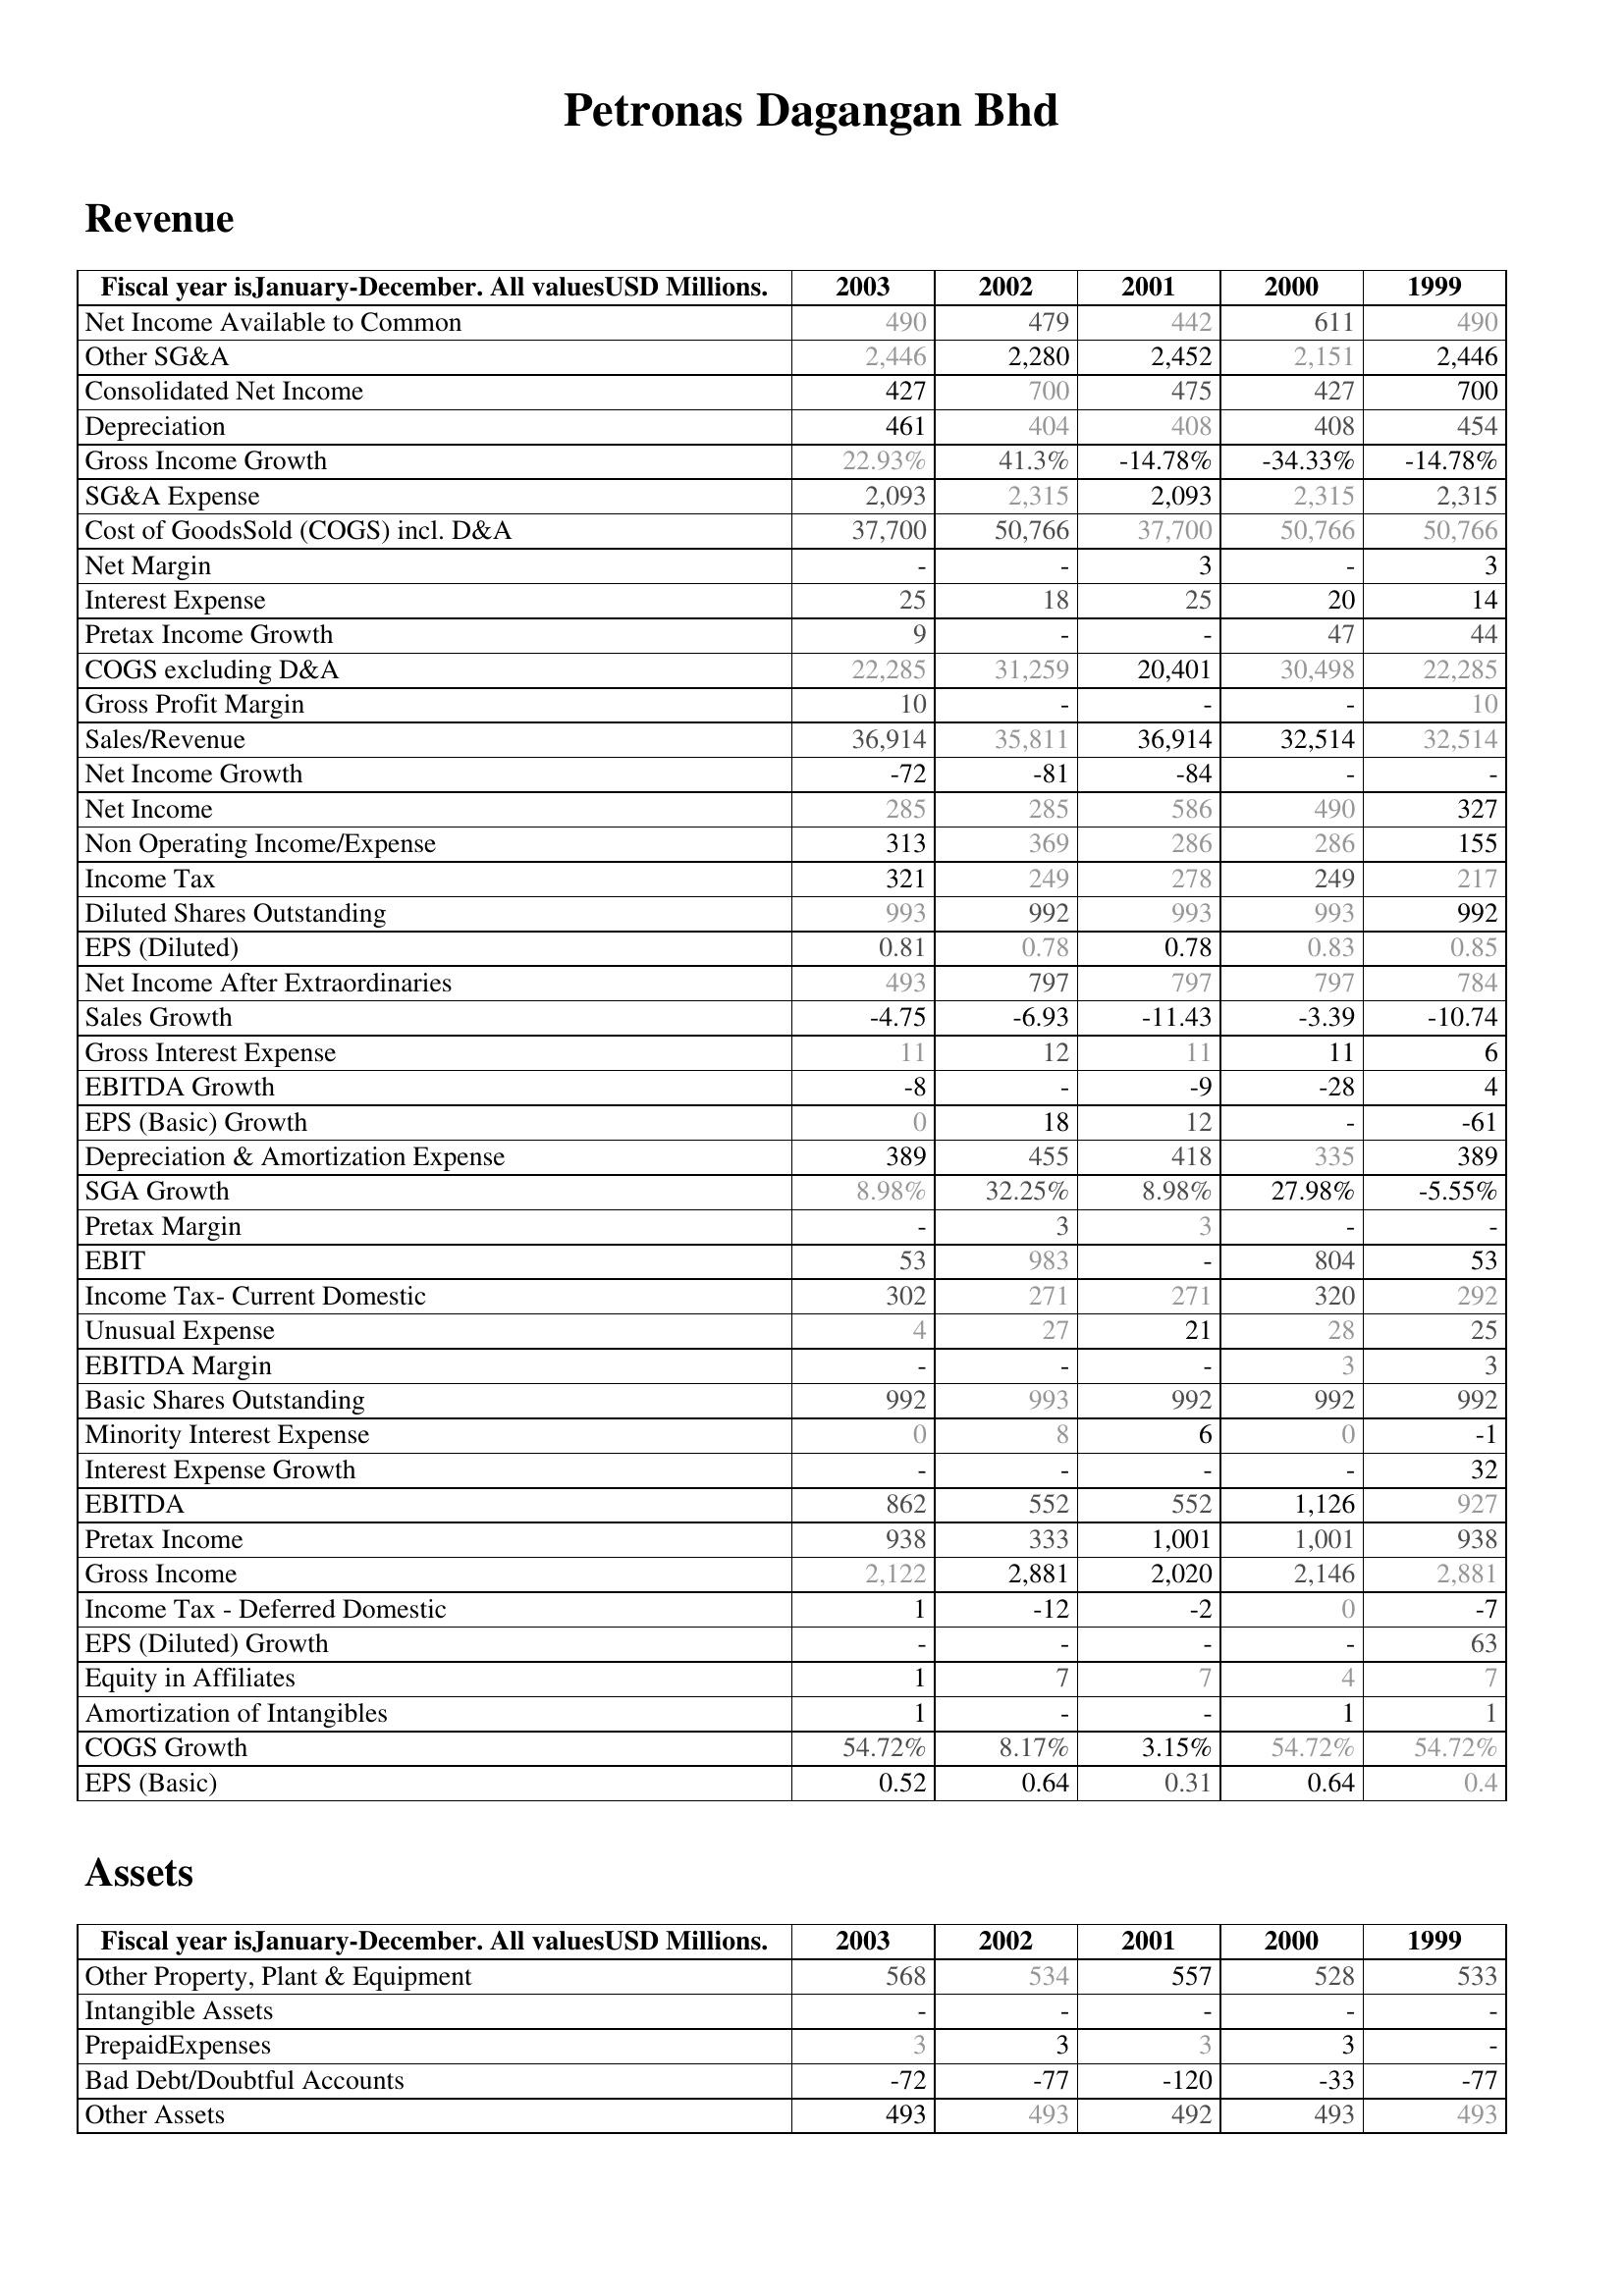
2003: Revenue: Net Income Available to Common: 490
Other SG&A: 2,446
Consolidated Net Income: 427
Depreciation: 461
Gross Income Growth: 22.93%
SG&A Expense: 2,093
Cost of GoodsSold (COGS) incl. D&A: 37,700
Net Margin: -
Interest Expense: 25
Pretax Income Growth: 9
COGS excluding D&A: 22,285
Gross Profit Margin: 10
Sales/Revenue: 36,914
Net Income Growth: -72
Net Income: 285
Non Operating Income/Expense: 313
Income Tax: 321
Diluted Shares Outstanding: 993
EPS (Diluted): 0.81
Net Income After Extraordinaries: 493
Sales Growth: -4.75
Gross Interest Expense: 11
EBITDA Growth: -8
EPS (Basic) Growth: 0
Depreciation & Amortization Expense: 389
SGA Growth: 8.98%
Pretax Margin: -
EBIT: 53
Income Tax- Current Domestic: 302
Unusual Expense: 4
EBITDA Margin: -
Basic Shares Outstanding: 992
Minority Interest Expense: 0
Interest Expense Growth: -
EBITDA: 862
Pretax Income: 938
Gross Income: 2,122
Income Tax - Deferred Domestic: 1
EPS (Diluted) Growth: -
Equity in Affiliates: 1
Amortization of Intangibles: 1
COGS Growth: 54.72%
EPS (Basic): 0.52
Assets: Other Property, Plant & Equipment: 568
Intangible Assets: -
PrepaidExpenses: 3
Bad Debt/Doubtful Accounts: -72
Other Assets: 493
2002: Revenue: Net Income Available to Common: 479
Other SG&A: 2,280
Consolidated Net Income: 700
Depreciation: 404
Gross Income Growth: 41.3%
SG&A Expense: 2,315
Cost of GoodsSold (COGS) incl. D&A: 50,766
Net Margin: -
Interest Expense: 18
Pretax Income Growth: -
COGS excluding D&A: 31,259
Gross Profit Margin: -
Sales/Revenue: 35,811
Net Income Growth: -81
Net Income: 285
Non Operating Income/Expense: 369
Income Tax: 249
Diluted Shares Outstanding: 992
EPS (Diluted): 0.78
Net Income After Extraordinaries: 797
Sales Growth: -6.93
Gross Interest Expense: 12
EBITDA Growth: -
EPS (Basic) Growth: 18
Depreciation & Amortization Expense: 455
SGA Growth: 32.25%
Pretax Margin: 3
EBIT: 983
Income Tax- Current Domestic: 271
Unusual Expense: 27
EBITDA Margin: -
Basic Shares Outstanding: 993
Minority Interest Expense: 8
Interest Expense Growth: -
EBITDA: 552
Pretax Income: 333
Gross Income: 2,881
Income Tax - Deferred Domestic: -12
EPS (Diluted) Growth: -
Equity in Affiliates: 7
Amortization of Intangibles: -
COGS Growth: 8.17%
EPS (Basic): 0.64
Assets: Other Property, Plant & Equipment: 534
Intangible Assets: -
PrepaidExpenses: 3
Bad Debt/Doubtful Accounts: -77
Other Assets: 493
2001: Revenue: Net Income Available to Common: 442
Other SG&A: 2,452
Consolidated Net Income: 475
Depreciation: 408
Gross Income Growth: -14.78%
SG&A Expense: 2,093
Cost of GoodsSold (COGS) incl. D&A: 37,700
Net Margin: 3
Interest Expense: 25
Pretax Income Growth: -
COGS excluding D&A: 20,401
Gross Profit Margin: -
Sales/Revenue: 36,914
Net Income Growth: -84
Net Income: 586
Non Operating Income/Expense: 286
Income Tax: 278
Diluted Shares Outstanding: 993
EPS (Diluted): 0.78
Net Income After Extraordinaries: 797
Sales Growth: -11.43
Gross Interest Expense: 11
EBITDA Growth: -9
EPS (Basic) Growth: 12
Depreciation & Amortization Expense: 418
SGA Growth: 8.98%
Pretax Margin: 3
EBIT: -
Income Tax- Current Domestic: 271
Unusual Expense: 21
EBITDA Margin: -
Basic Shares Outstanding: 992
Minority Interest Expense: 6
Interest Expense Growth: -
EBITDA: 552
Pretax Income: 1,001
Gross Income: 2,020
Income Tax - Deferred Domestic: -2
EPS (Diluted) Growth: -
Equity in Affiliates: 7
Amortization of Intangibles: -
COGS Growth: 3.15%
EPS (Basic): 0.31
Assets: Other Property, Plant & Equipment: 557
Intangible Assets: -
PrepaidExpenses: 3
Bad Debt/Doubtful Accounts: -120
Other Assets: 492
2000: Revenue: Net Income Available to Common: 611
Other SG&A: 2,151
Consolidated Net Income: 427
Depreciation: 408
Gross Income Growth: -34.33%
SG&A Expense: 2,315
Cost of GoodsSold (COGS) incl. D&A: 50,766
Net Margin: -
Interest Expense: 20
Pretax Income Growth: 47
COGS excluding D&A: 30,498
Gross Profit Margin: -
Sales/Revenue: 32,514
Net Income Growth: -
Net Income: 490
Non Operating Income/Expense: 286
Income Tax: 249
Diluted Shares Outstanding: 993
EPS (Diluted): 0.83
Net Income After Extraordinaries: 797
Sales Growth: -3.39
Gross Interest Expense: 11
EBITDA Growth: -28
EPS (Basic) Growth: -
Depreciation & Amortization Expense: 335
SGA Growth: 27.98%
Pretax Margin: -
EBIT: 804
Income Tax- Current Domestic: 320
Unusual Expense: 28
EBITDA Margin: 3
Basic Shares Outstanding: 992
Minority Interest Expense: 0
Interest Expense Growth: -
EBITDA: 1,126
Pretax Income: 1,001
Gross Income: 2,146
Income Tax - Deferred Domestic: 0
EPS (Diluted) Growth: -
Equity in Affiliates: 4
Amortization of Intangibles: 1
COGS Growth: 54.72%
EPS (Basic): 0.64
Assets: Other Property, Plant & Equipment: 528
Intangible Assets: -
PrepaidExpenses: 3
Bad Debt/Doubtful Accounts: -33
Other Assets: 493
1999: Revenue: Net Income Available to Common: 490
Other SG&A: 2,446
Consolidated Net Income: 700
Depreciation: 454
Gross Income Growth: -14.78%
SG&A Expense: 2,315
Cost of GoodsSold (COGS) incl. D&A: 50,766
Net Margin: 3
Interest Expense: 14
Pretax Income Growth: 44
COGS excluding D&A: 22,285
Gross Profit Margin: 10
Sales/Revenue: 32,514
Net Income Growth: -
Net Income: 327
Non Operating Income/Expense: 155
Income Tax: 217
Diluted Shares Outstanding: 992
EPS (Diluted): 0.85
Net Income After Extraordinaries: 784
Sales Growth: -10.74
Gross Interest Expense: 6
EBITDA Growth: 4
EPS (Basic) Growth: -61
Depreciation & Amortization Expense: 389
SGA Growth: -5.55%
Pretax Margin: -
EBIT: 53
Income Tax- Current Domestic: 292
Unusual Expense: 25
EBITDA Margin: 3
Basic Shares Outstanding: 992
Minority Interest Expense: -1
Interest Expense Growth: 32
EBITDA: 927
Pretax Income: 938
Gross Income: 2,881
Income Tax - Deferred Domestic: -7
EPS (Diluted) Growth: 63
Equity in Affiliates: 7
Amortization of Intangibles: 1
COGS Growth: 54.72%
EPS (Basic): 0.4
Assets: Other Property, Plant & Equipment: 533
Intangible Assets: -
PrepaidExpenses: -
Bad Debt/Doubtful Accounts: -77
Other Assets: 493